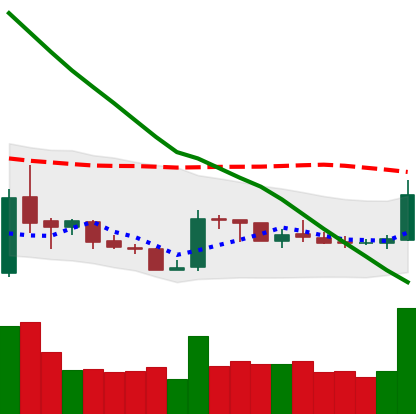
Ticker: XRP-USD
Chart end date: 2019-02-18
Forward return: 3.437%
Label: up_3_5